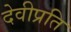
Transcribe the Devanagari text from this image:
देवीप्रति